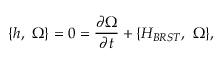
\{ h , \ \Omega \} = 0 = { \frac { \partial { \Omega } } { \partial t } } + \{ H _ { B R S T } , \ \Omega \} ,